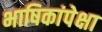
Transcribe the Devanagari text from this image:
भाषिकांपेक्षा